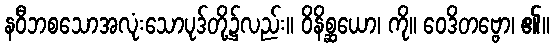
နဝီဘစသောအလုံးသောပုဒ်တို့၌လည်း။ ဝိနိစ္ဆယော၊ ကို။ ဝေဒိတဗ္ဗော၊ ၏။